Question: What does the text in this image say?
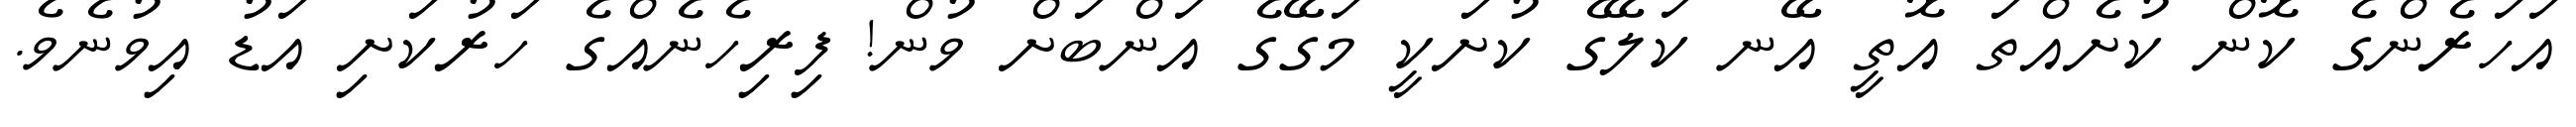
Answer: އަހަރެންގެ ކޮން ކުށެއްތަ އޮތީ އޭނ ކަލޭގެ ކުށަކީ މަގޭގެ އަންބަށް ވުން! ފިރިހެނެއްގެ ހަރުކަށި އަޑު އިވުނެވެ.